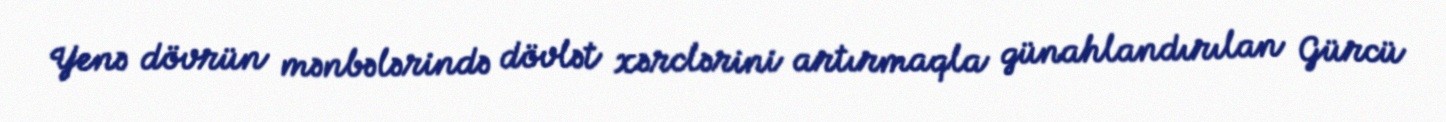
Yenə dövrün mənbələrində dövlət xərclərini artırmaqla günahlandırılan Gürcü